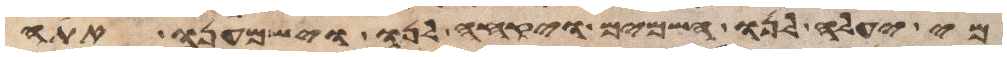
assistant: מי יעלה לנו השמים ויקחה לנו וישמענו אתה